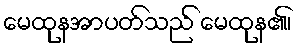
မေထုနအာပတ်သည် မေထုန၏၊